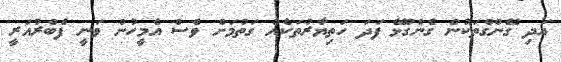
އަދި ގޭންގްތަކުން ގެންގުޅޭ ފަދަ ހަތިޔާރުތަކެއް ގަތުމަށް ވެސް އެމީހުން ވަނީ ފެބްރުއަރީ